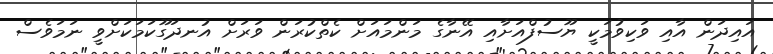
އައިދަން އާއި ވަކިވުމަކީ ޔޫސުފްއަށާއި އޭނާގެ މަންމައަށް ކެތްކުރަން ވަރަށް އުނދަގޫކަމަކަށްވީ ނަމަވެސް